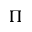
\Pi